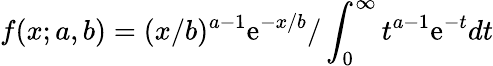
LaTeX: f(x;a,b)=(x/b)^{a-1}\mathrm{e}^{-x/b}/\int_{0}^{\infty}t^{a-1}\mathrm{e}^{-t}dt